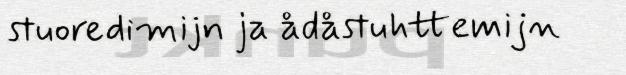
stuoredimijn ja ådåstuhttemijn